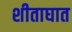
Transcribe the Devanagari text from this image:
शीताघात